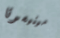
مينيسوتا